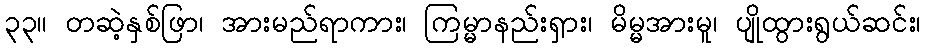
၃၃။ တဆဲ့နှစ်ဖြာ၊ အားမည်ရာကား၊ ကြမ္မာနည်းရှား၊ မိမ္မအားမူ၊ ပျိုထွားရွယ်ဆင်း၊